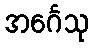
အင်္ဂေသု